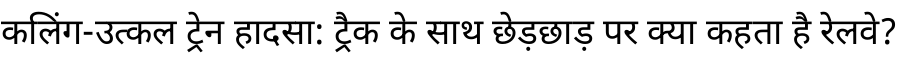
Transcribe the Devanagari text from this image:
कलिंग-उत्कल ट्रेन हादसा: ट्रैक के साथ छेड़छाड़ पर क्या कहता है रेलवे?